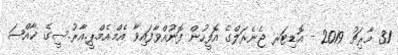
31 މާރިޗު 2019 - އޮޑިޓަރ ޖެނެރަލްގެ އޮފީހުން ފޮނުއްވާފައިވާ އެމް.އެމް.ޕީ.އާރު.ސީގެ ޚާއްޞަ